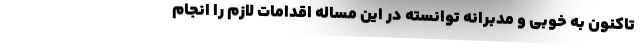
تاکنون به خوبی و مدبرانه توانسته در این مساله اقدامات لازم را انجام